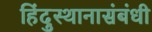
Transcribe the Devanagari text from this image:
हिंदुस्थानासंबंधी